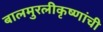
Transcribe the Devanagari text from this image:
बालमुरलीकृष्णांची